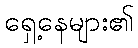
ရှေ့နေများ၏